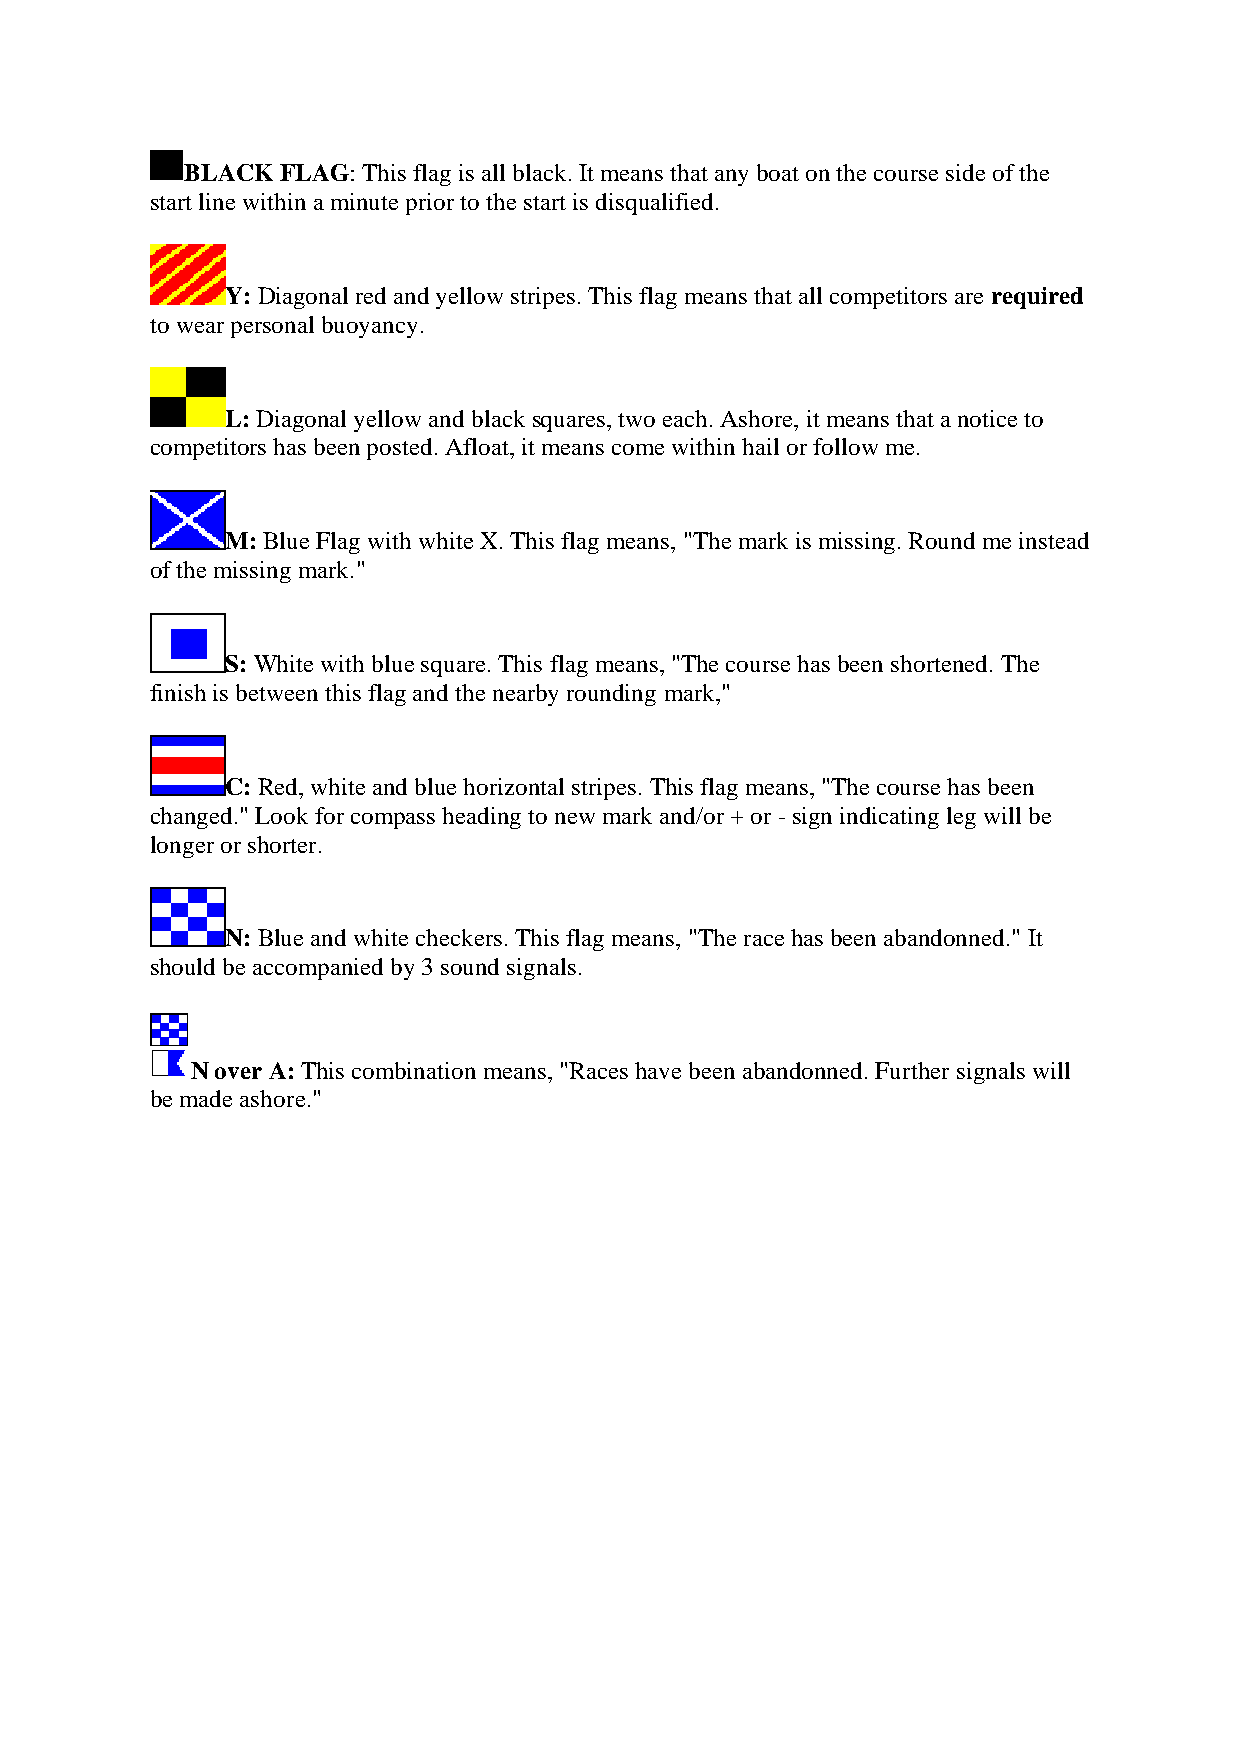
BLACK FLAG: This flag is all black. It means that any boat on the course side of the
 start line within a minute prior to the start is disqualified.
 Y: Diagonal red and yellow stripes. This flag means that all competitors are required
 to wear personal buoyancy.
 L: Diagonal yellow and black squares, two each. Ashore, it means that a notice to
 competitors has been posted. Afloat, it means come within hail or follow me.
 M: Blue Flag with white X. This flag means, "The mark is missing. Round me instead
 of the missing mark."
 S: White with blue square. This flag means, "The course has been shortened. The
 finish is between this flag and the nearby rounding mark,"
 C: Red, white and blue horizontal stripes. This flag means, "The course has been
 changed." Look for compass heading to new mark and/or + or - sign indicating leg will be
 longer or shorter.
 N: Blue and white checkers. This flag means, "The race has been abandonned." It
 should be accompanied by 3 sound signals.
 N over A: This combination means, "Races have been abandonned. Further signals will
 be made ashore."